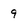
Character: 9